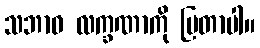
သဘာဝ လက္ခဏာကို ပြတာပါ။